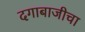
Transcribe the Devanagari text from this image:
दगाबाजीचा